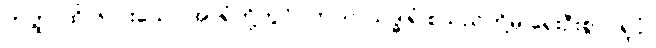
တတ္ထ၊ ထို ၆-ပါးသော အာရုံတို့တွင်။ တာဝ၊ သဒ္ဓါရုံ စသည်တို့မှ ရှေးဦးစွာ။ ရူပံ၊